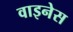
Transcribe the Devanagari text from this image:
वाइनेस